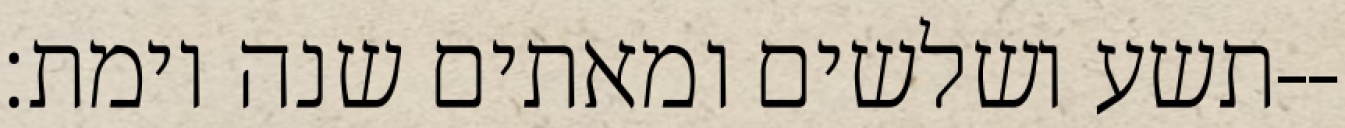
תשע ושלשים ומאתים שנה וימת׃--